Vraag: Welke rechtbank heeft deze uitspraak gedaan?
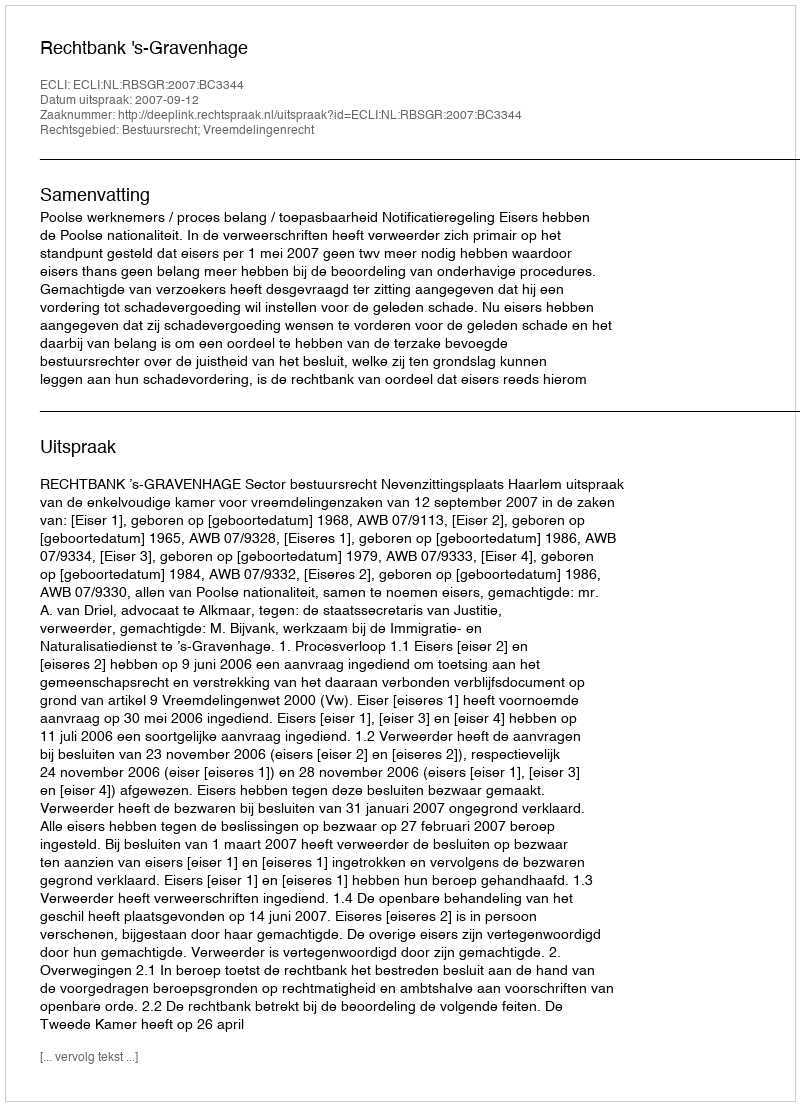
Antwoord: Rechtbank 's-Gravenhage